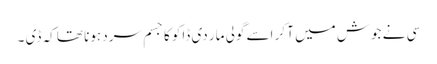
سی نے جوش میں آ کر اسے گولی مار دی ڈاکو کا جسم سرد ہونا تھا کہ ڈی ۔